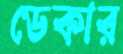
ডেকার